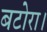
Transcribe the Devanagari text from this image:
बटोरा।